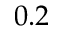
0 . 2